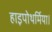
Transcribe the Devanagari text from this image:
हाइपोथर्मिया।